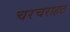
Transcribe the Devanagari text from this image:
चरचराहट